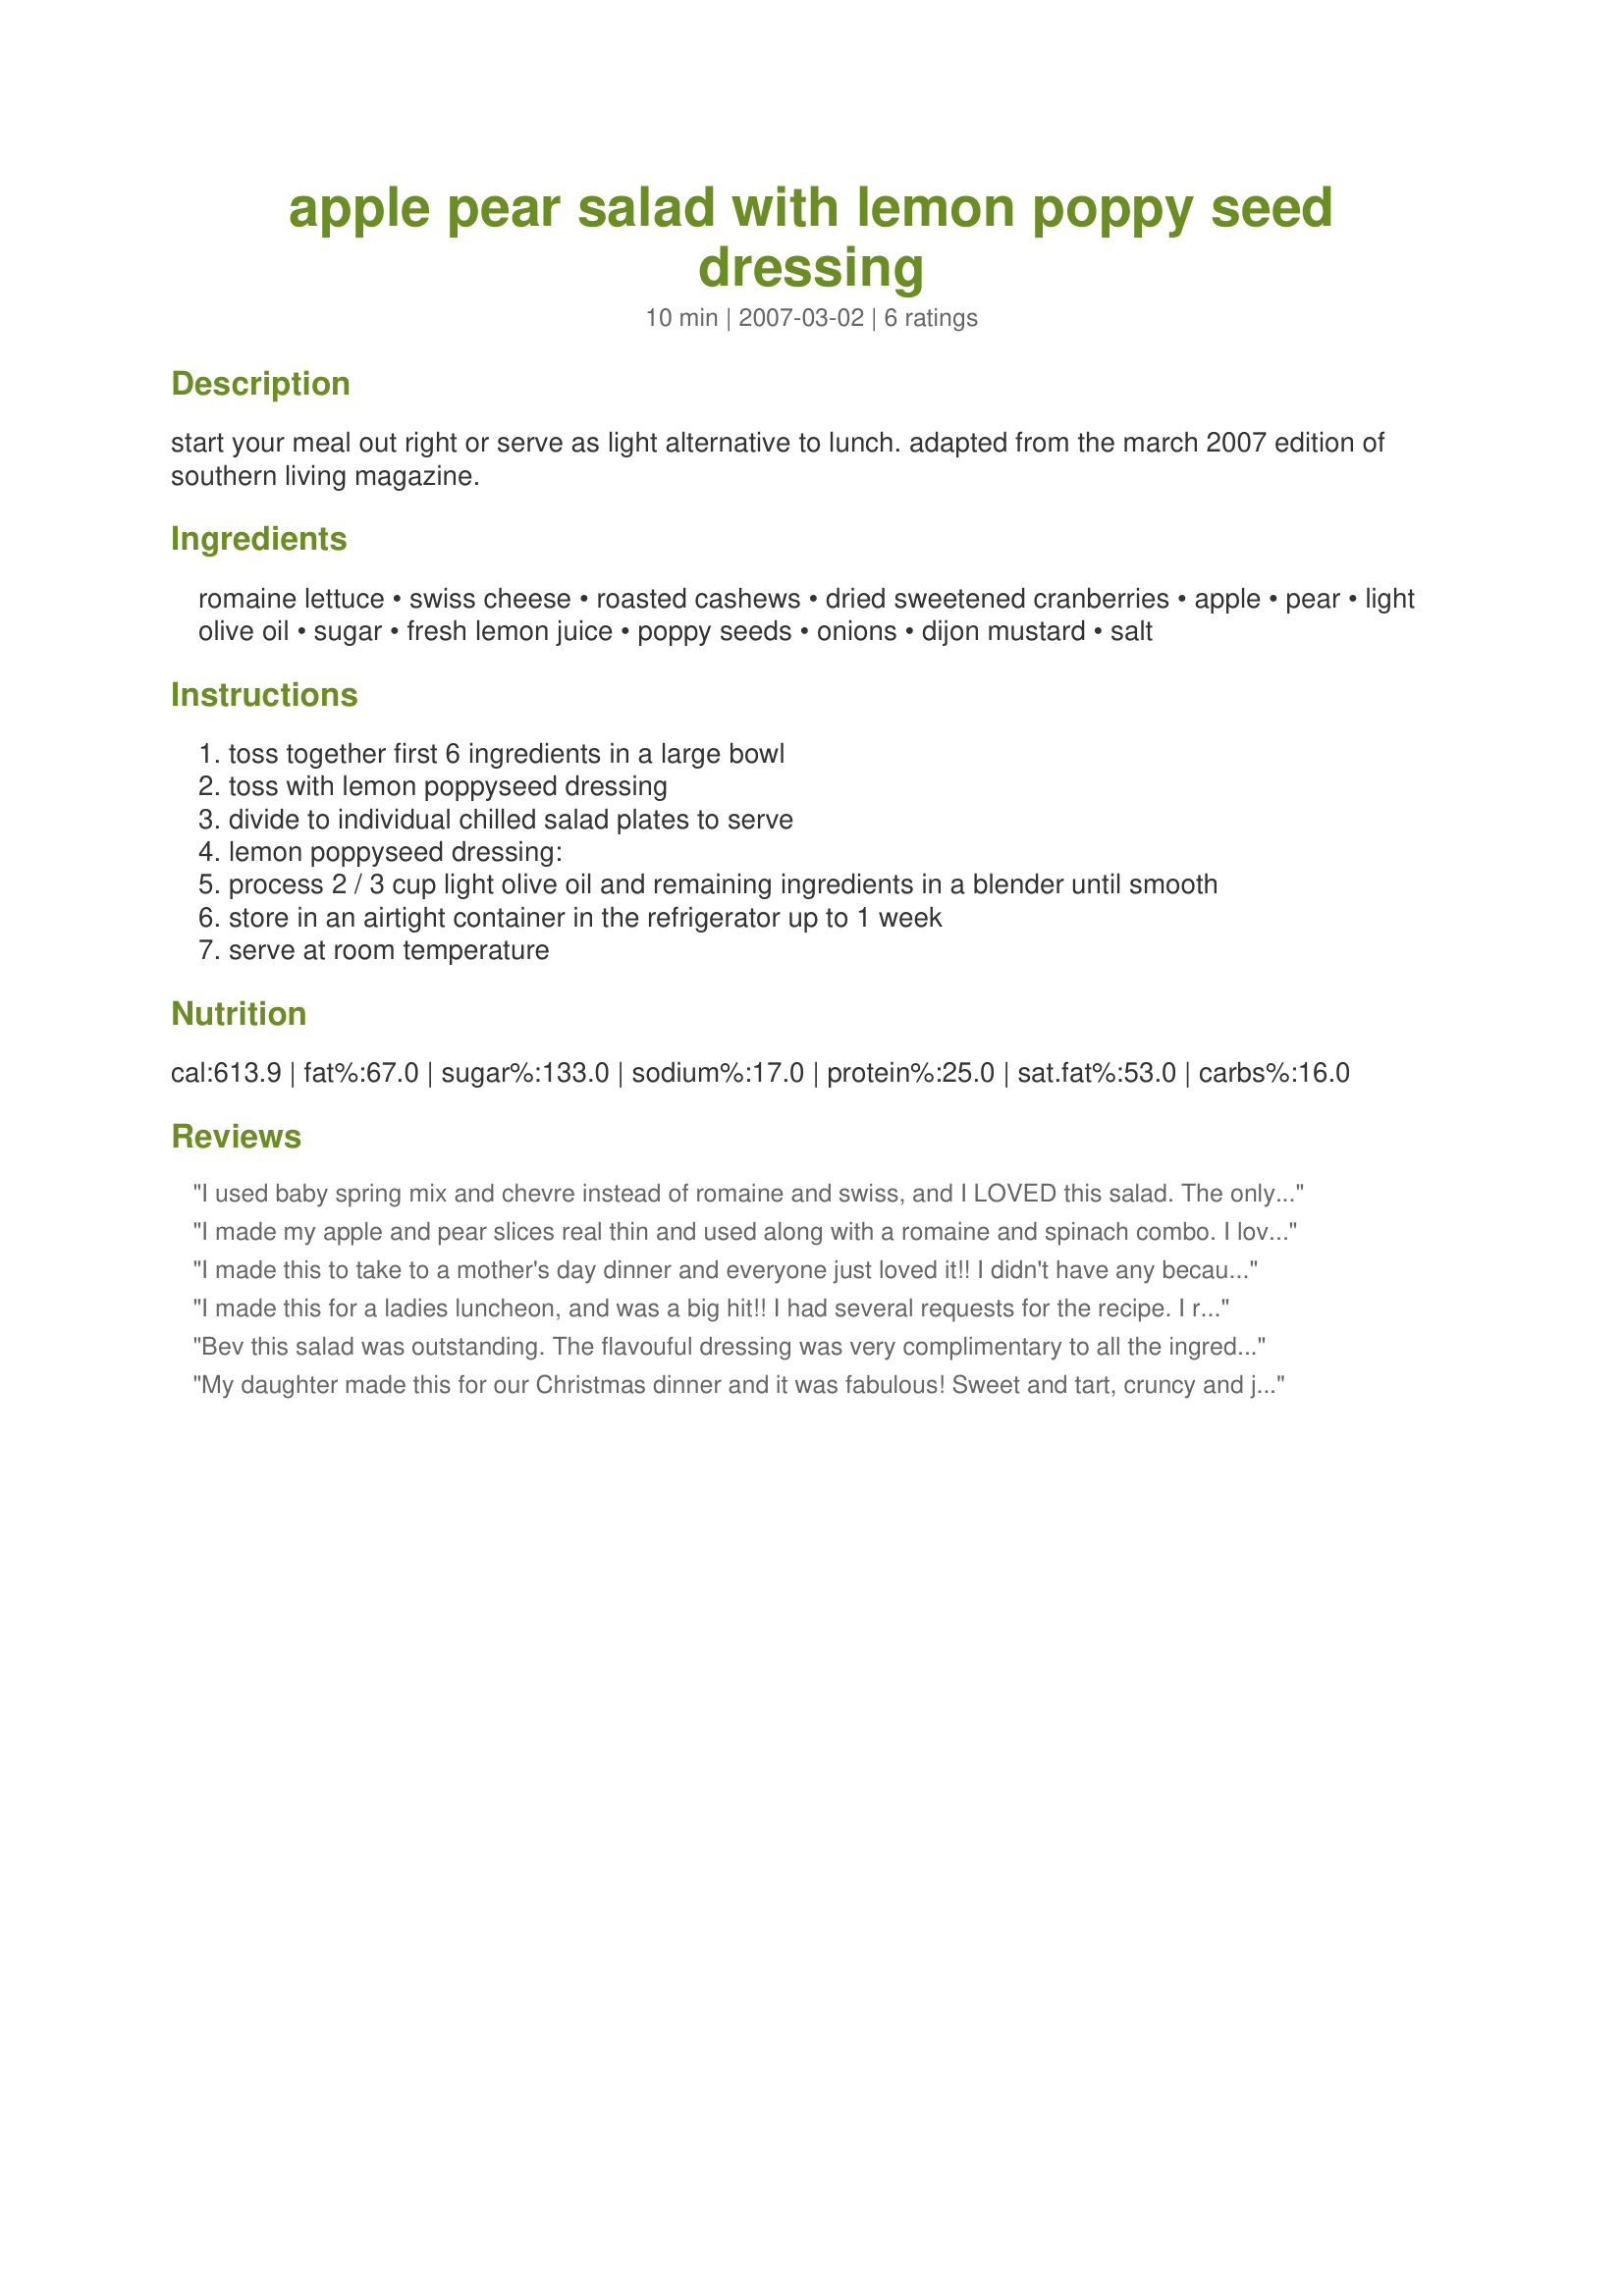
apple pear salad with lemon poppy seed dressing
Preparation time: 10 minutes

start your meal out right or serve as light alternative to lunch. adapted from the march 2007 edition of southern living magazine.

Ingredients:
romaine lettuce, swiss cheese, roasted cashews, dried sweetened cranberries, apple, pear, light olive oil, sugar, fresh lemon juice, poppy seeds, onions, dijon mustard, salt

Steps:
toss together first 6 ingredients in a large bowl
toss with lemon poppyseed dressing
divide to individual chilled salad plates to serve
lemon poppyseed dressing:
process 2 / 3 cup light olive oil and remaining ingredients in a blender until smooth
store in an airtight container in the refrigerator up to 1 week
serve at room temperature

Reviews:
I used baby spring mix and chevre instead of romaine and swiss, and I LOVED this salad. The only other change I made was to substitute splenda instead of sugar to make it more lo-cal. What a great dressing, the salad was a huge hit at the potluck I went to. Thanks Bev, I will definitely make this again.
I made my apple and pear slices real thin and used along with a romaine and spinach combo. I loved all the different flavors in this salad and the dressing was a perfect accompaniment to my steak dinner. I can't wait to have this again this week. The pears I got were just right, which made them sweet and delicious, though they were nice and firm too. Outstanding would be the word for this one! One of the best salads I have ever had, and I have had many!
I made this to take to a mother's day dinner and everyone just loved it!! I didn't have any because I was busy with all of the other goodies but I did taste the dressing and LOVED it. When I go to the store this week, I think I'll get all of the ingredients and make this for myself for lunches. Thanks for a great recipe!
I made this for a ladies luncheon, and was a big hit!! I had several requests for the recipe. I really enjoyed the dressing. Thanks for a great recipe.
Bev this salad was outstanding. The flavouful dressing was very complimentary to all the ingredients in the salad, resulting in a real taste treat. I love pears, apples, swiss cheese, sweet onions, mustard and lemons; served all together this salad was the bomb, excellant flavour and great texture. Thanks so much for sharing this winner.
My daughter made this for our Christmas dinner and it was fabulous! Sweet and tart, cruncy and just delicious~ the perfect accompaniment for our meal! We'll be making this one again.
